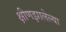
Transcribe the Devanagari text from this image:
क्षीणझालेल्या